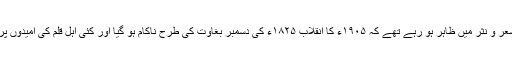
اس کے آثار شعر و نثر میں ظاہر ہو رہے تھے کہ ۱۹۰۵ء کا انقلاب ۱۸۲۵ء کی دسمبر بغاوت کی طرح ناکام ہو گیا اور کئی اہلِ قلم کی امیدوں پر پانی پھر گیا۔